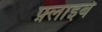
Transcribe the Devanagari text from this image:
फ़्लाइबे